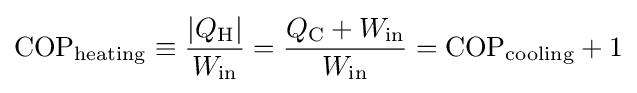
\mathrm {COP} _{\mathrm {heating} }\equiv {\frac {|Q_{\rm {H}}|}{W_{\rm {in}}}}={\frac {Q_{\rm {C}}+W_{\rm {in}}}{W_{\rm {in}}}}=\mathrm {COP} _{\mathrm {cooling} }+1